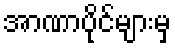
အာဏာပိုင်များမှ